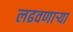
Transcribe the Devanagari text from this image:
लढवणाऱ्या